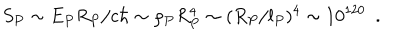
LaTeX: S _ { P } \sim E _ { P } R _ { P } / c \hbar \sim \rho _ { P } R _ { P } ^ { 4 } \sim ( R _ { P } / l _ { P } ) ^ { 4 } \sim 1 0 ^ { 1 2 0 } ~ ~ .